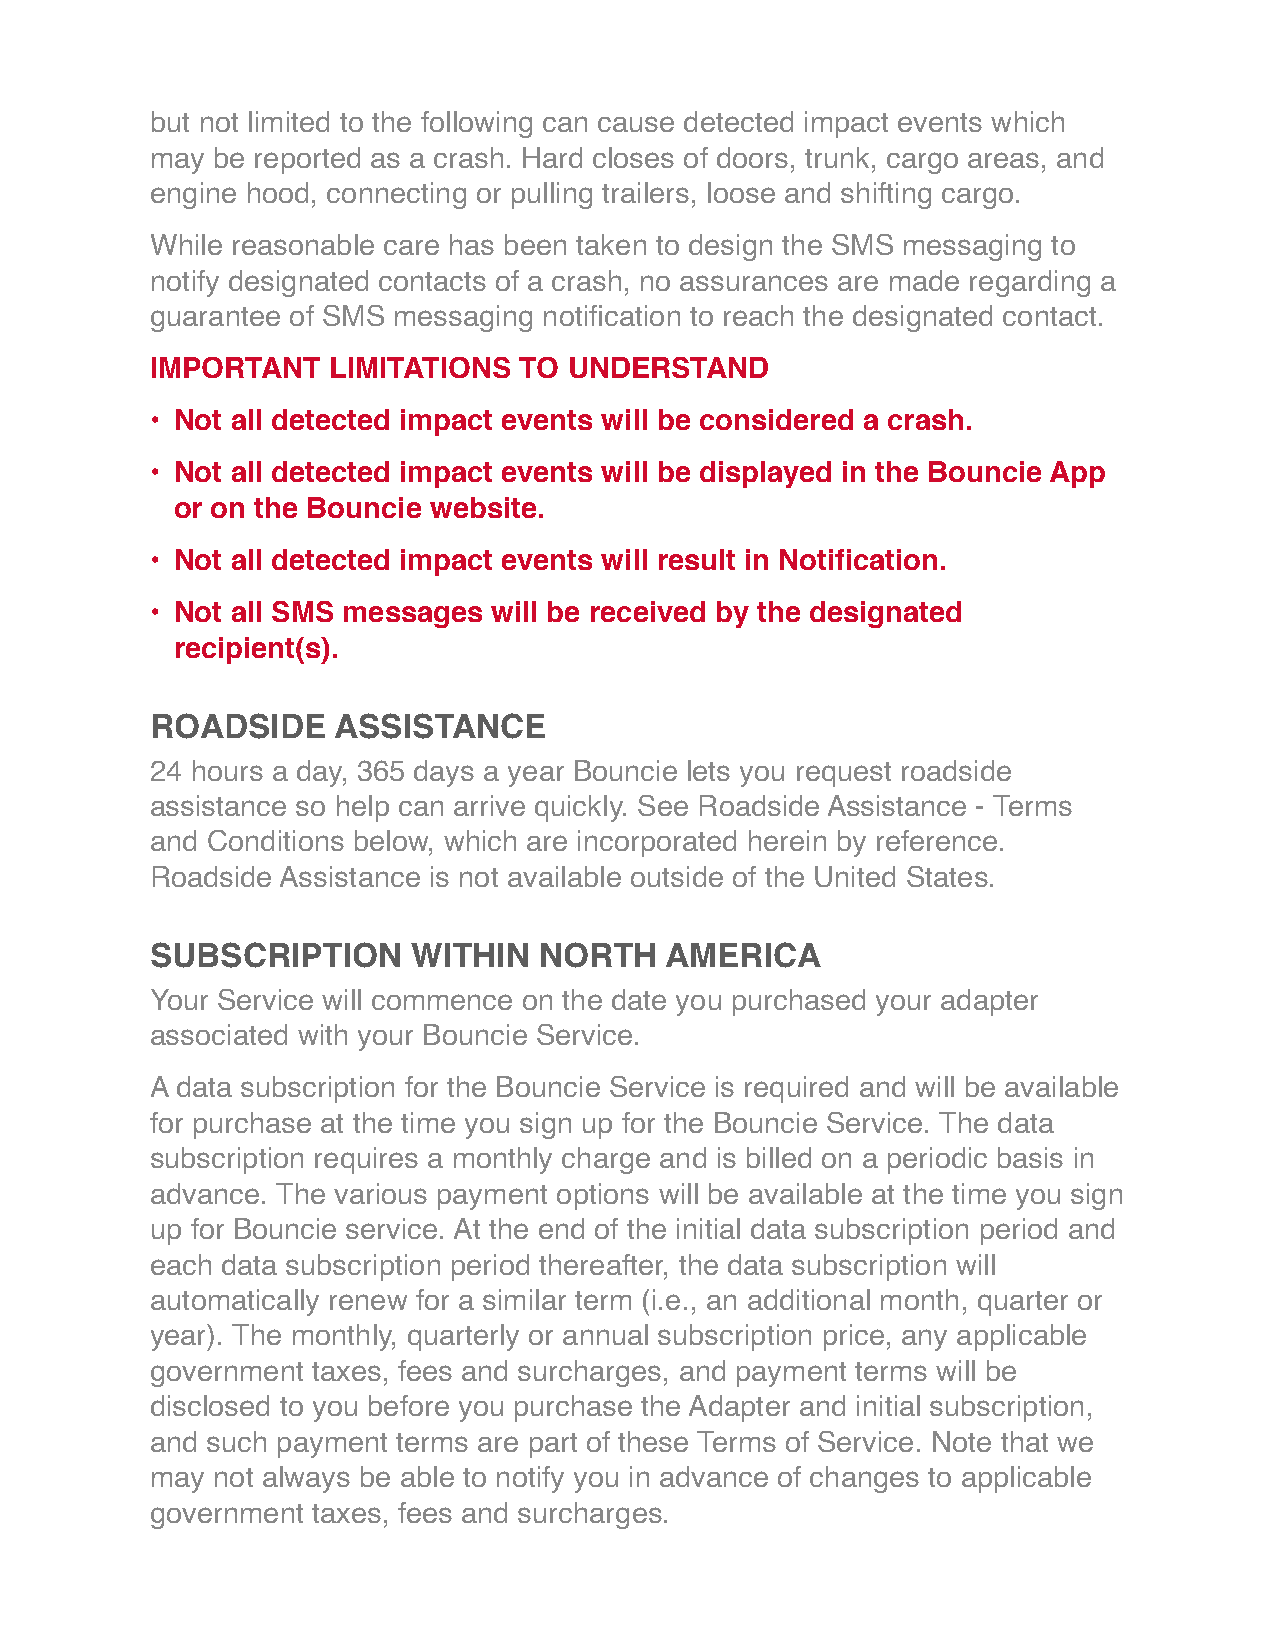
but not limited to the following can cause detected impact events which
 may be reported as a crash. Hard closes of doors, trunk, cargo areas, and
 engine hood, connecting or pulling trailers, loose and shifting cargo.
 While reasonable care has been taken to design the SMS messaging to
 notify designated contacts of a crash, no assurances are made regarding a
 guarantee of SMS messaging notification to reach the designated contact.
 IMPORTANT   LIMITATIONS TO  UNDERSTAND
 • Not all detected impact events will be considered a crash.
 • Not all detected impact events will be displayed in the Bouncie App
 or on the Bouncie website.
 • Not all detected impact events will result in Notification.
 • Not all SMS messages will be received by the designated
 recipient(s).
 ROADSIDE    ASSISTANCE
 24 hours a day, 365 days a year Bouncie lets you request roadside
 assistance so help can arrive quickly. See Roadside Assistance - Terms
 and Conditions below, which are incorporated herein by reference.
 Roadside Assistance is not available outside of the United States.
 SUBSCRIPTION     WITHIN   NORTH   AMERICA
 Your Service will commence on the date you purchased your adapter
 associated with your Bouncie Service.
 A data subscription for the Bouncie Service is required and will be available
 for purchase at the time you sign up for the Bouncie Service. The data
 subscription requires a monthly charge and is billed on a periodic basis in
 advance. The various payment options will be available at the time you sign
 up for Bouncie service. At the end of the initial data subscription period and
 each data subscription period thereafter, the data subscription will
 automatically renew for a similar term (i.e., an additional month, quarter or
 year). The monthly, quarterly or annual subscription price, any applicable
 government taxes, fees and surcharges, and payment terms will be
 disclosed to you before you purchase the Adapter and initial subscription,
 and such payment terms are part of these Terms of Service. Note that we
 may not always be able to notify you in advance of changes to applicable
 government taxes, fees and surcharges.